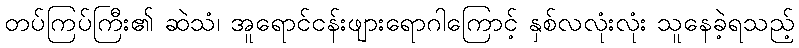
တပ်ကြပ်ကြီး၏ ဆဲသံ၊ အူရောင်ငန်းဖျားရောဂါကြောင့် နှစ်လလုံးလုံး သူနေခဲ့ရသည့်